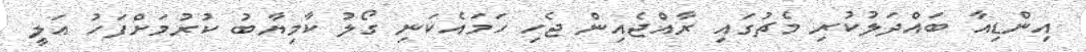
އިންޑިއާ ބައްދަލުކުރި މެޗުގައި ރާއްޖެއިން ޖެހި ހަމައެކަނި ގޯލު ކާމިޔާބު ކުރުމަށްފަހު އަލީ